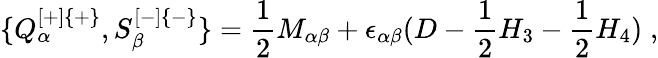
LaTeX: \{ Q_{\alpha}^{[+]\{ +\} },S_{\beta}^{[-]\{ -\} }\} ={\frac{1}{2}}M_{\alpha\beta}+\epsilon_{\alpha\beta}(D-{\frac{1}{2}}H_{3}-{\frac{1}{2}}H_{4})\; ,